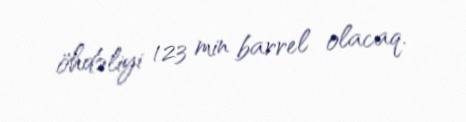
öhdəliyi 123 min barrel olacaq.